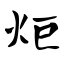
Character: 炬